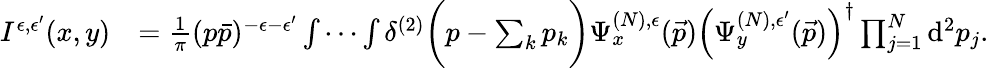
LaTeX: \begin{array}{rl}{I^{\epsilon,\epsilon^{\prime}}(x,y)}&{=\frac 1\pi(p\bar{p})^{-\epsilon-\epsilon^{\prime}}\idotsint\delta^{(2)}\bigg(p-\sum_{k}p_{k}\bigg)\Psi_{x}^{(N),\epsilon}(\vec{p})\left(\Psi_{y}^{(N),\epsilon^{\prime}}(\vec{p})\right)^{\dagger}\prod_{j=1}^{N}\mathrm{d}^{2}p_{j}.}\end{array}